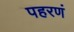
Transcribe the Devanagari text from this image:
पहरणं